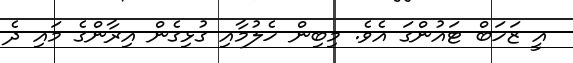
އީ ޒަހަބް ޓައުންގަ އެވެ. މިބިން ހެލުމާއި ގުޅިގެން އިރާންގެ މައި ދެ